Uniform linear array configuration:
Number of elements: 8
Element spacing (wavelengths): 0.25
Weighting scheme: blackman
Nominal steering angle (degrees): -45
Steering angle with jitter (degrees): -43.486
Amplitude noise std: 0.05
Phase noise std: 0.05

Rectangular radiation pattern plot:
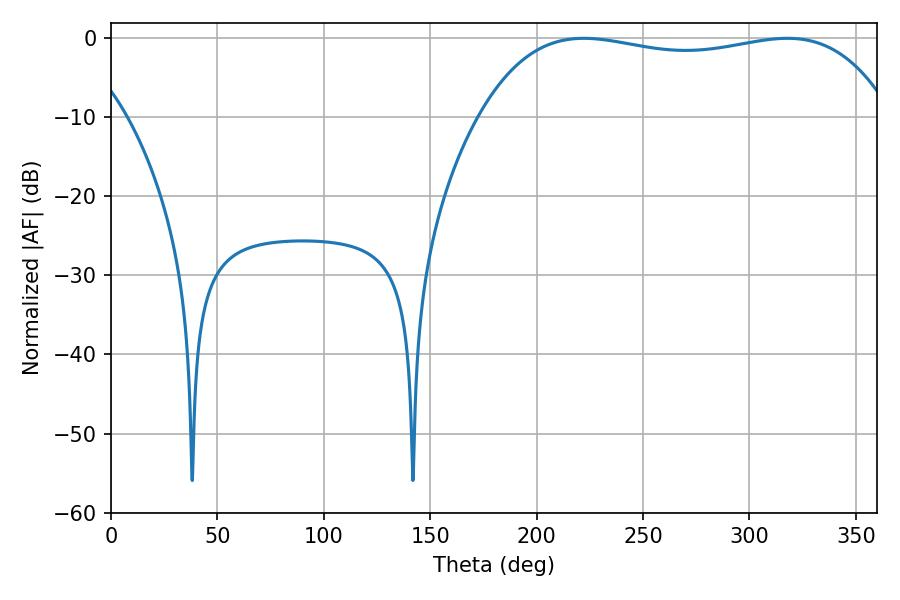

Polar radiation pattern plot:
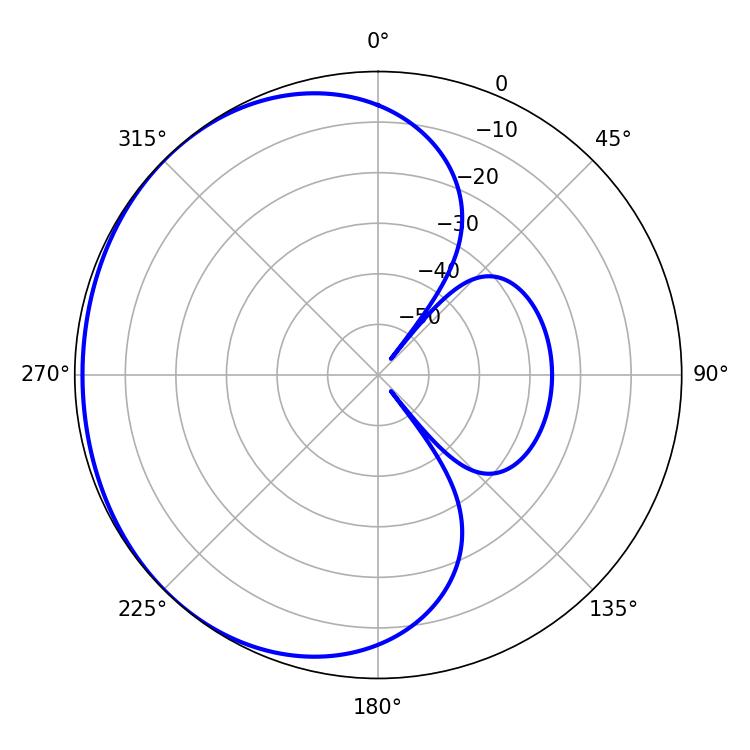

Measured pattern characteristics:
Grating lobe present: FALSE
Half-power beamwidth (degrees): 155.16
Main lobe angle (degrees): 222.12